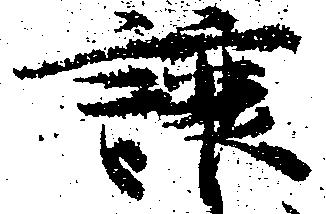
譲